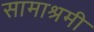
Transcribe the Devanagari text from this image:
सामाश्रमी